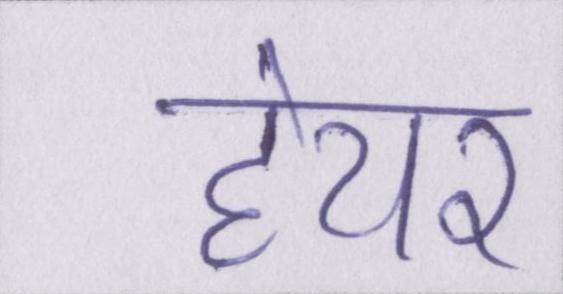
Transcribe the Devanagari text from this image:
हेयर